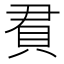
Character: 𬥒